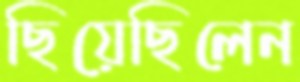
ছিয়েছিলেন